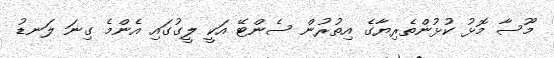
މޫސާ މޮޅު ކުޅުންތެރިޔާގެ އިތުރުން ސެންޓޭ އަކީ ލީގުގައި އެންމެ ގިނަ ލަނޑު